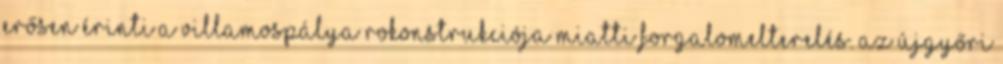
erősen érinti a villamospálya rokonstrukciója miatti forgalomelterelés. Az Újgyőri